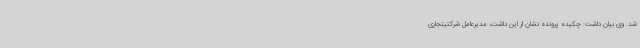
شد. وی بیان داشت: چکیده پرونده نشان از این داشت، مدیرعامل شرکتیتجاری